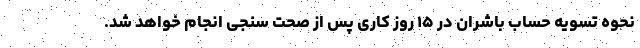
نحوه تسویه حساب باشران در ۱۵ روز کاری پس از صحت سنجی انجام خواهد شد.